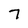
Character: 7